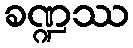
ခဏ္ဍဿ